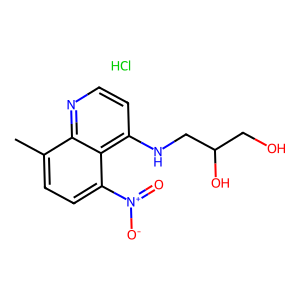
SMILES: Cc1ccc([N+](=O)[O-])c2c(NCC(O)CO)ccnc12.Cl
Inhibits HIV replication: No